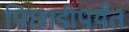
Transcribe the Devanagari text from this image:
पिछाडीपर्यंत